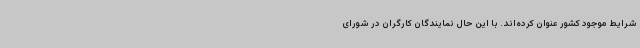
شرایط موجود کشور عنوان کرده‌اند. با این حال نمایندگان کارگران در شورای